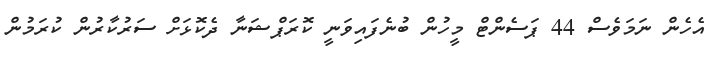
އެހެން ނަމަވެސް 44 ޕަސެންޓް މީހުން ބުނެފައިވަނީ ކޮރަޕްޝަނާ ދެކޮޅަށް ސަރުކާރުން ކުރަމުން